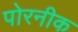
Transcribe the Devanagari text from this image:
पोरनीक